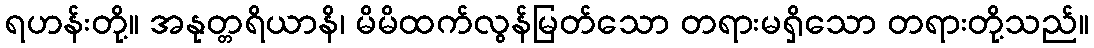
ရဟန်းတို့။ အနုတ္တရိယာနိ၊ မိမိထက်လွန်မြတ်သော တရားမရှိသော တရားတို့သည်။